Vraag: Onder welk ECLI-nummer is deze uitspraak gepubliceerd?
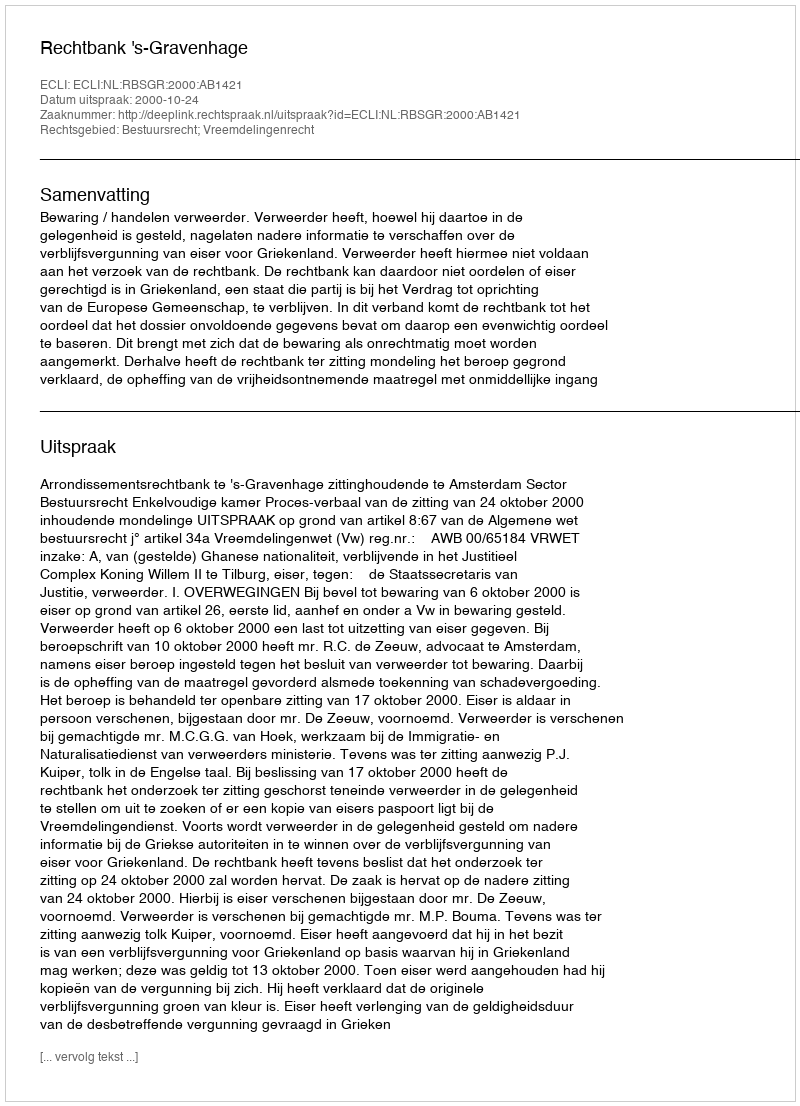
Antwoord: ECLI:NL:RBSGR:2000:AB1421